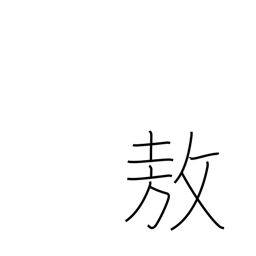
Meaning: be proud